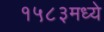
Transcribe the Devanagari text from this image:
१५८३मध्ये